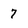
Character: 7